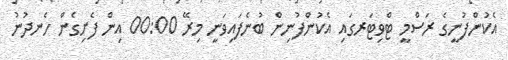
އެކުންފުނީގެ ރަސްމީ ޓްވިޓަރގައި އެކުންފުނިން ބުނެފައިވަނީ މިރޭ 00:00 އިން ފެށިގެން ހެނދުނު